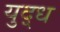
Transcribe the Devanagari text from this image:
युद़्ध